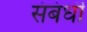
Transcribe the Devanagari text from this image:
संबंधॊ